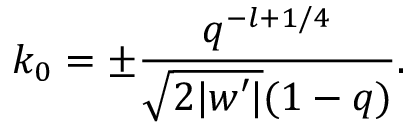
k _ { 0 } = \pm \frac { q ^ { - l + 1 / 4 } } { \sqrt { 2 | w \prime | } ( 1 - q ) } .